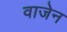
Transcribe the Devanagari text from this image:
वाजेन